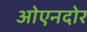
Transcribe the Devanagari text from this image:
ओएनदोर